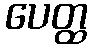
ပေတ္ထ